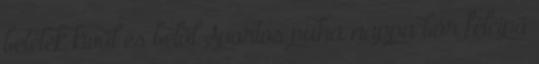
betétek kívül és belül Sportos puha nappa bőr félcipő